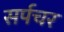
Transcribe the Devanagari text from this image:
सर्पचर